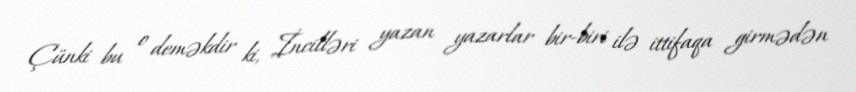
Çünki bu o deməkdir ki, İncilləri yazan yazarlar bir-biri ilə ittifaqa girmədən